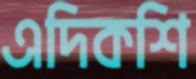
এদিকশি